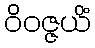
ဝိဝဇ္ဇယိံ